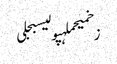
زخمیحملہپولیسبجلی